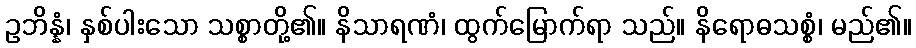
ဥဘိန္နံ၊ နှစ်ပါးသော သစ္စာတို့၏။ နိသာရဏံ၊ ထွက်မြောက်ရာ သည်။ နိရောဓသစ္စံ၊ မည်၏။